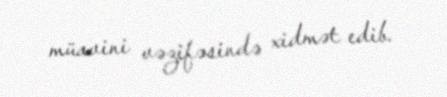
müavini vəzifəsində xidmət edib.